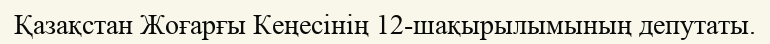
Қазақстан Жоғарғы Кеңесінің 12-шақырылымының депутаты.